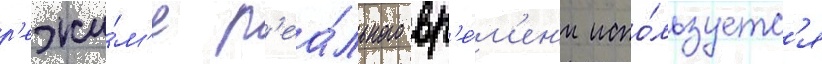
р'ежи́м'е р'еа́льного вр'е́м'ен'и испо́льзуетс'я